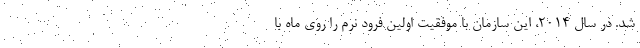
شد. در سال ۲۰۱۴، این سازمان با موفقیت اولین فرود نرم را روی ماه با